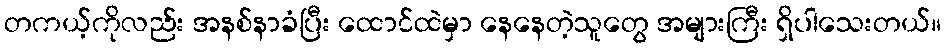
တကယ့်ကိုလည်း အနစ်နာခံပြီး ထောင်ထဲမှာ နေနေတဲ့သူတွေ အများကြီး ရှိပါသေးတယ်။